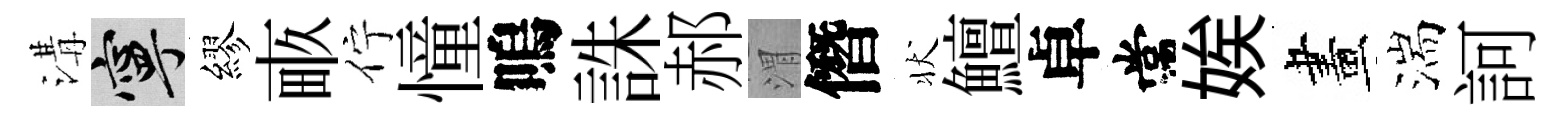
溝寧繆畞佇憧嗚誅郝渭僭状鱣卓常娭畫湍訶